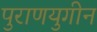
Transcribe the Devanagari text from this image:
पुराणयुगीन